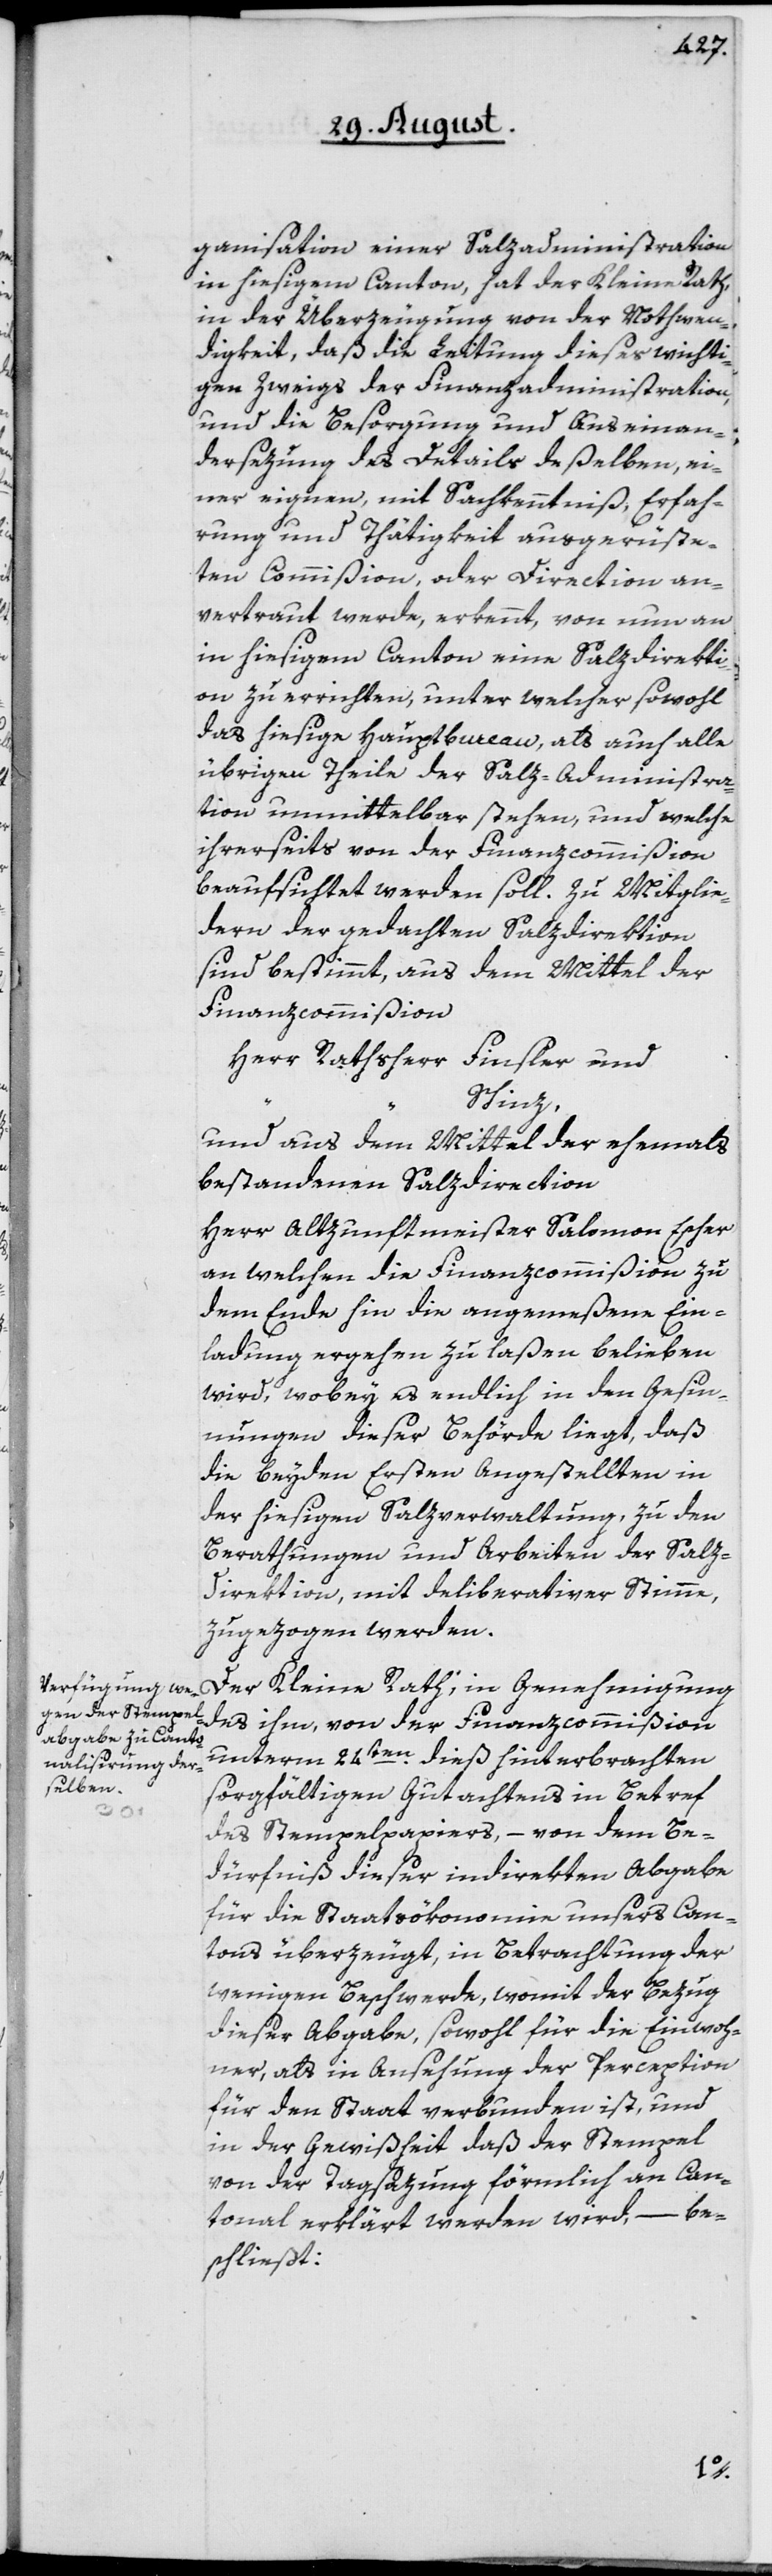
ganisation einer Salzadministration
in hiesigem Canton, hat der Kleine Rath,
in der Überzeugung von der Nothwen¬
digkeit, daß die Leitung dieses wichti¬
gen Zweigs der Finanzadministration,
und die Besorgung und Auseinan¬
dersezung des Details deßelben, ei¬
ner eignen, mit Sachkenntniß, Erfah¬
rung und Thätigkeit ausgerüste¬
ten Commißion, oder Direction an¬
vertraut werde, erkennt, von nun an
in hiesigem Canton eine Salzdirekti¬
on zu errichten, unter welcher sowohl
das hiesige Hauptbureau, als auch alle
übrigen Theile der Salz-Administra¬
tion unmittelbar stehen, und welche
ihrerseits von der Finanzcommißion
beaufsichtet werden soll. Zu Mitglie¬
dern der gedachten Salzdirektion
sind bestimmt, aus dem Mittel der
Finanzcommißion
Herr Rathsherr Finsler und
Schinz,
und aus dem Mittel der ehemals
bestandenen Salzdirection
Herr Altzunftmeister Salomon Escher
an welchen die Finanzcommißion zu
dem Ende hin die angemeßene Ein¬
ladung ergehen zu laßen belieben
wird, wobey es endlich in den Gesin¬
nungen dieser Behörde liegt, daß
die beyden Ersten Angestellten in
der hiesigen Salzverwaltung, zu den
Berathungen und Arbeiten der Salz-D¬
irektion, mit deliberativer Stimme,
zugezogen werden.
Der Kleine Rath, in Genehmigung
des ihm, von der Finanzcommißion
unterm 24ten dieß hinterbrachten
sorgfältigen Gutachtens in Betref
des Stempelpapiers, – von dem Be¬
dürfniß dieser indirekten Abgabe
für die Staatsökonomie unsers Can¬
tons überzeugt, in Betrachtung der
wenigen Beschwerde, womit der Bezug
dieser Abgabe, sowohl für die Einwoh¬
ner, als in Ansehung der Perception
für den Staat verbunden ist, und
in der Gewißheit daß der Stempel
von der Tagsazung förmlich an Can¬
tonal erklärt werden wird, – be¬
schließt: